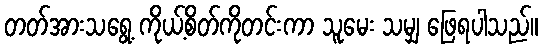
တတ်အားသရွေ့ ကိုယ့်စိတ်ကိုတင်းကာ သူမေး သမျှ ဖြေရပါသည်။